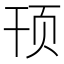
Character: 顸